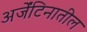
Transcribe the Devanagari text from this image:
अर्जेंटिनातील